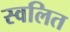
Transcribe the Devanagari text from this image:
स्वलित